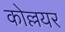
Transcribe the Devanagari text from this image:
कोल्लयर